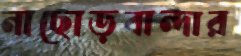
নাছোড়বান্দার